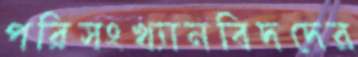
পরিসংখ্যানবিদদের